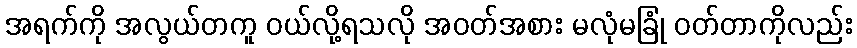
အရက်ကို အလွယ်တကူ ဝယ်လို့ရသလို အဝတ်အစား မလုံမခြုံ ဝတ်တာကိုလည်း